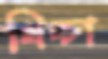
খিচ্চা